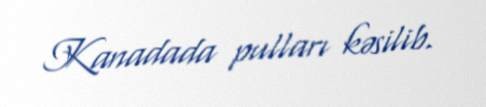
Kanadada pulları kəsilib.